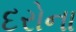
દરોના